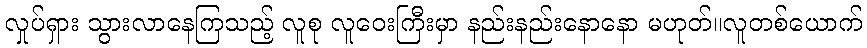
လှုပ်ရှား သွားလာနေကြသည့် လူစု လူဝေးကြီးမှာ နည်းနည်းနောနော မဟုတ်။လူတစ်ယောက်